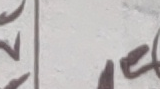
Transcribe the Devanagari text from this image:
टा